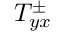
T _ { y x } ^ { \pm }